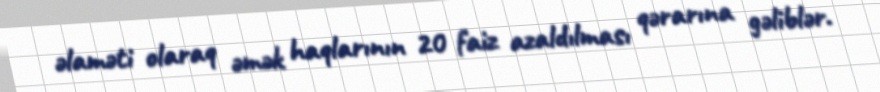
əlaməti olaraq əmək haqlarının 20 faiz azaldılması qərarına gəliblər.